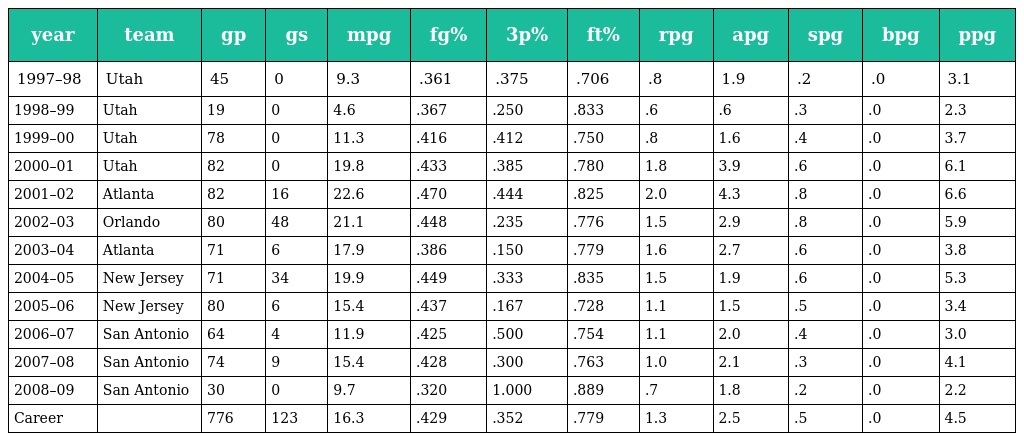
| year | team | gp | gs | mpg | fg% | 3p% | ft% | rpg | apg | spg | bpg | ppg |
 | --- | --- | --- | --- | --- | --- | --- | --- | --- | --- | --- | --- | --- |
 | 1997–98 | Utah | 45 | 0 | 9.3 | .361 | .375 | .706 | .8 | 1.9 | .2 | .0 | 3.1 |
 | 1998–99 | Utah | 19 | 0 | 4.6 | .367 | .250 | .833 | .6 | .6 | .3 | .0 | 2.3 |
 | 1999–00 | Utah | 78 | 0 | 11.3 | .416 | .412 | .750 | .8 | 1.6 | .4 | .0 | 3.7 |
 | 2000–01 | Utah | 82 | 0 | 19.8 | .433 | .385 | .780 | 1.8 | 3.9 | .6 | .0 | 6.1 |
 | 2001–02 | Atlanta | 82 | 16 | 22.6 | .470 | .444 | .825 | 2.0 | 4.3 | .8 | .0 | 6.6 |
 | 2002–03 | Orlando | 80 | 48 | 21.1 | .448 | .235 | .776 | 1.5 | 2.9 | .8 | .0 | 5.9 |
 | 2003–04 | Atlanta | 71 | 6 | 17.9 | .386 | .150 | .779 | 1.6 | 2.7 | .6 | .0 | 3.8 |
 | 2004–05 | New Jersey | 71 | 34 | 19.9 | .449 | .333 | .835 | 1.5 | 1.9 | .6 | .0 | 5.3 |
 | 2005–06 | New Jersey | 80 | 6 | 15.4 | .437 | .167 | .728 | 1.1 | 1.5 | .5 | .0 | 3.4 |
 | 2006–07 | San Antonio | 64 | 4 | 11.9 | .425 | .500 | .754 | 1.1 | 2.0 | .4 | .0 | 3.0 |
 | 2007–08 | San Antonio | 74 | 9 | 15.4 | .428 | .300 | .763 | 1.0 | 2.1 | .3 | .0 | 4.1 |
 | 2008–09 | San Antonio | 30 | 0 | 9.7 | .320 | 1.000 | .889 | .7 | 1.8 | .2 | .0 | 2.2 |
 | Career |  | 776 | 123 | 16.3 | .429 | .352 | .779 | 1.3 | 2.5 | .5 | .0 | 4.5 |